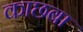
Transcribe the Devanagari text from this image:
काछबा